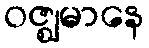
ဝဇ္ဈမာနေ